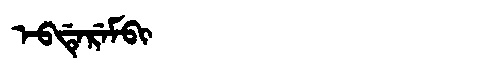
Manchu: ᡝᠪᡩᡝᡵᡝᠮᠪᡳ
Romanization: EBDEREMBI